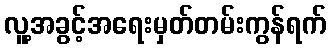
လူ့အခွင့်အရေးမှတ်တမ်းကွန်ရက်